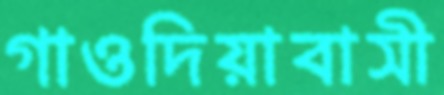
গাওদিয়াবাসী